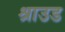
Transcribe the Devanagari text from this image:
श्राउड